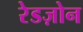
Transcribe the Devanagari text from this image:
रेडज़ोन